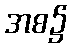
အစ၌